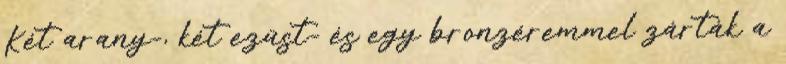
Két arany-, két ezüst- és egy bronzéremmel zárták a